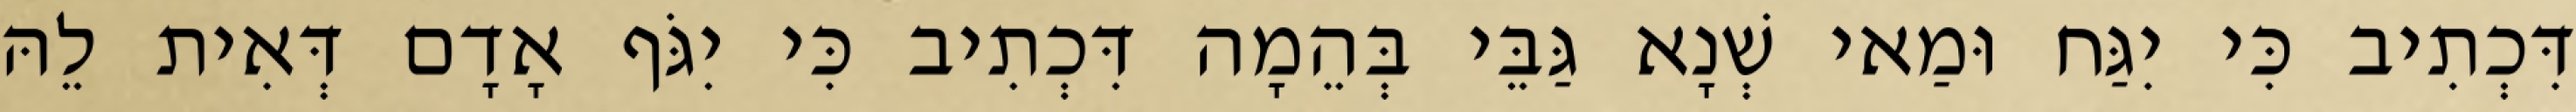
דִּכְתִיב כִּי יִגַּח וּמַאי שְׁנָא גַּבֵּי בְּהֵמָה דִּכְתִיב כִּי יִגֹּף אָדָם דְּאִית לֵהּ